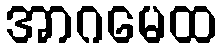
အာဂမေထ